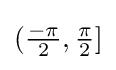
({\tfrac {-\pi }{2}},{\tfrac {\pi }{2}}]